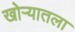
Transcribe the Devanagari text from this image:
खोर्‍यातला